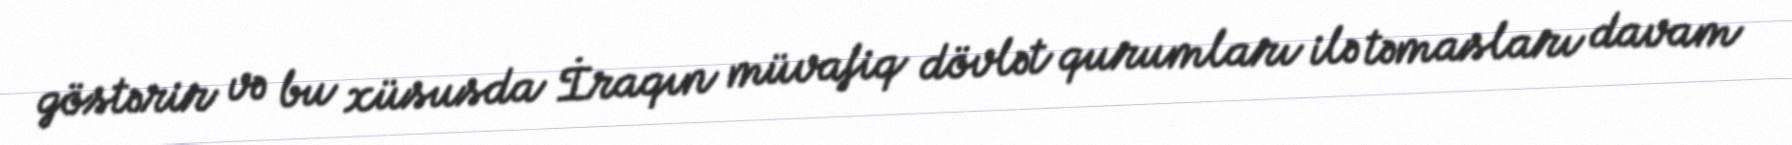
göstərir və bu xüsusda İraqın müvafiq dövlət qurumları ilə təmasları davam